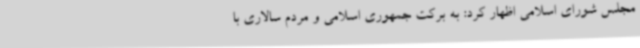
مجلس شورای اسلامی اظهار کرد: به برکت جمهوری اسلامی و مردم سالاری با